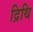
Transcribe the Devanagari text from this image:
द्रिथि